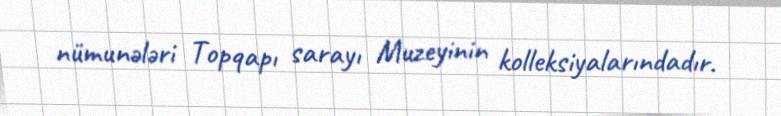
nümunələri Topqapı sarayı Muzeyinin kolleksiyalarındadır.